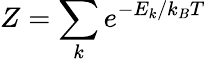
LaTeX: Z=\sum_{k}e^{-E_{k}/k_{B}T}